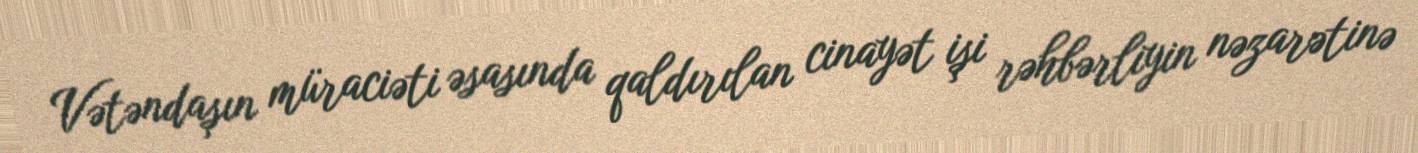
Vətəndaşın müraciəti əsasında qaldırılan cinayət işi rəhbərliyin nəzarətinə